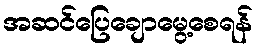
အဆင်ပြေချောမွေ့စေရန်